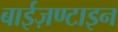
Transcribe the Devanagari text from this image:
बाईज़ण्टाइन